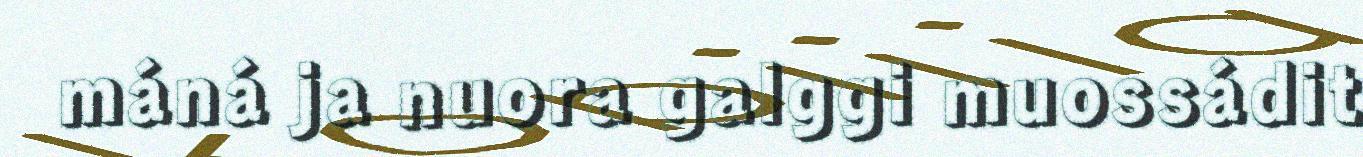
máná ja nuora galggi muossádit